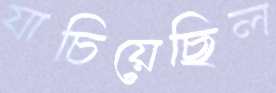
যাচিয়েছিল